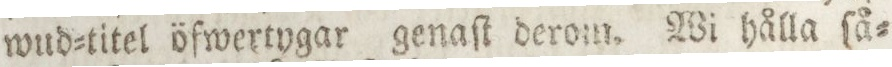
wud=titel öfwertygar genaſt derom. Wi hålla ſå=